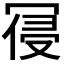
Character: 𭁾